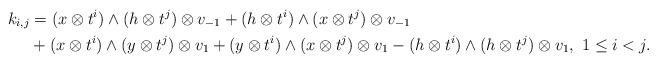
\begin{align*}k_{i,j}{ }&{ } = (x \otimes t^i) \wedge (h \otimes t^j) \otimes v_{-1} + (h \otimes t^i) \wedge (x \otimes t^j) \otimes v_{-1} \\{ }&{ }+ (x \otimes t^i) \wedge (y \otimes t^j) \otimes v_1+ (y \otimes t^i) \wedge (x \otimes t^j) \otimes v_1- (h \otimes t^i) \wedge (h \otimes t^j) \otimes v_1, \ 1 \leq i < j.\end{align*}